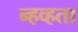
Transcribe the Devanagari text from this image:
न्हव्हता